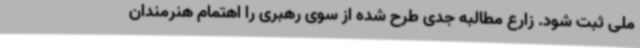
ملی ثبت شود. زارع مطالبه‌ جدی طرح شده از سوی رهبری را اهتمام هنرمندان